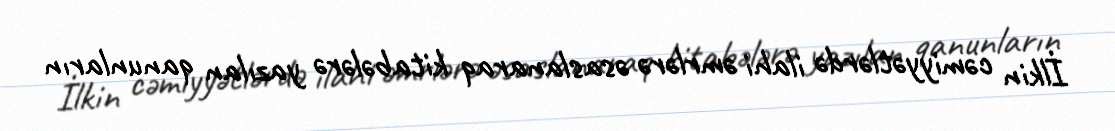
İlkin cəmiyyətlərdə ilahi əmrlərə əsaslanaraq kitabələrə yazılan qanunların